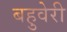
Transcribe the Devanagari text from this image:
बहुवेरी